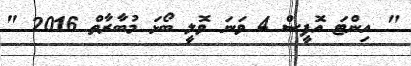
" އިންޓަ އޮފީސް 4 ވަނަ ވޮލީ ބޯޅަ މުބާރާތް 2016 "